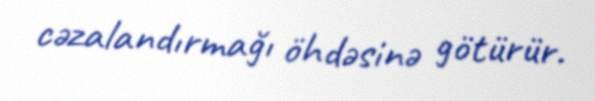
cəzalandırmağı öhdəsinə götürür.